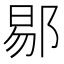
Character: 𬪉